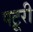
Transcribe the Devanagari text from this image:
पटूरी